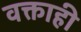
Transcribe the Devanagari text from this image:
वक्ताही